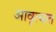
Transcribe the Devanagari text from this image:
आवृत्यात